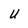
Character: U